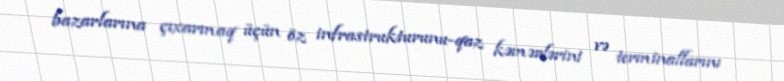
bazarlarına çıxarmaq üçün öz infrastrukturunu-qaz kəmərlərini və terminallarını